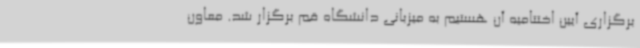
برگزاری آیین اختتامیه آن هستیم به میزبانی دانشگاه قم برگزار شد. معاون